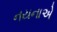
નયનાએ